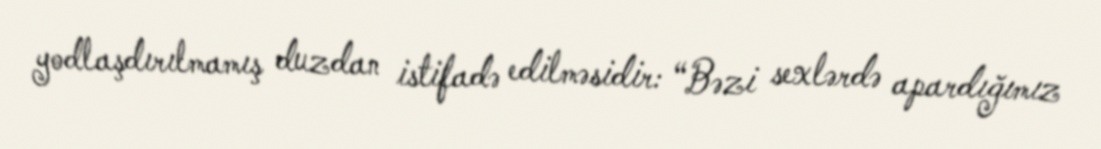
yodlaşdırılmamış duzdan istifadə edilməsidir: “Bəzi sexlərdə apardığımız